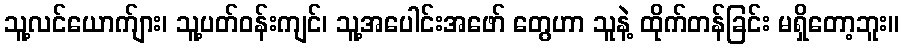
သူ့လင်ယောက်ျား၊ သူ့ပတ်ဝန်းကျင်၊ သူ့အပေါင်းအဖော် တွေဟာ သူနဲ့ ထိုက်တန်ခြင်း မရှိတော့ဘူး။